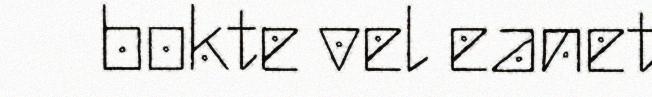
bokte vel eanet